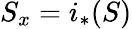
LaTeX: S_{x}=i_{*}(S)